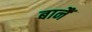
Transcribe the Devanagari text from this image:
बानैं